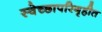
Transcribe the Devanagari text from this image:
स्वेच्छापरिगृहीत